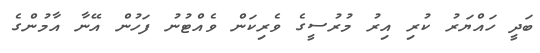
ބަދީ ހައްޔަރު ކުރި އިރު މުރުސީގެ ވެރިކަން ވެއްޓުނު ފަހުން އޭނާ އާމުންގެ